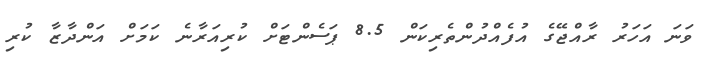
ވަނަ އަހަރު ރާއްޖޭގެ އުފެއްދުންތެރިކަން 8.5 ޕަސެންޓަށް ކުރިއަރާނެ ކަމަށް އަންދާޒާ ކުރި